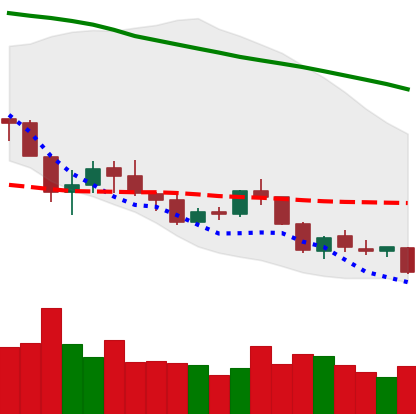
Ticker: NEO-USD
Chart end date: 2018-05-28
Forward return: 17.618%
Label: up_7plus